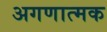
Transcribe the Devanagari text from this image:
अगणात्मक